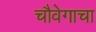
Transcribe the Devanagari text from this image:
चौवेगाचा